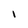
Character: I